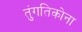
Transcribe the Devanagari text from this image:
तुंगतिकोना